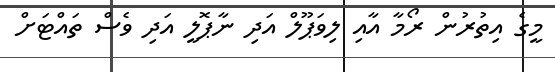
މީގެ އިތުރުން ރޯމާ އާއި ލިވަޕޫލް އަދި ނާޕޮލީ އަދި ވެސް ތައްޓަށް